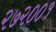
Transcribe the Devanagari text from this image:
२७२००१